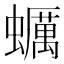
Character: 蠣